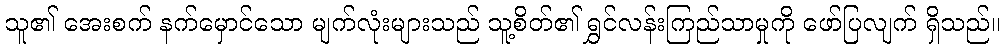
သူ၏ အေးစက် နက်မှောင်သော မျက်လုံးများသည် သူ့စိတ်၏ ရွှင်လန်းကြည်သာမှုကို ဖော်ပြလျက် ရှိသည်။